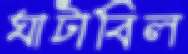
ঘাটাবিল